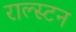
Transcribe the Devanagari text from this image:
राल्स्टन